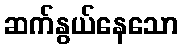
ဆက်နွယ်နေသော